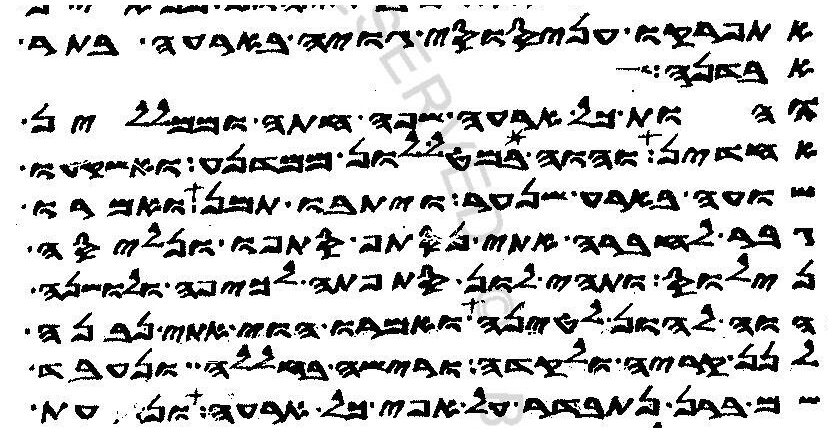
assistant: אתפרקו עניסוסי גויה בארעה בתר
אבדנה
והות כל ארעה שפה חתה וממללין
אחדין והוה במטללון ממדנע ואשקעו
שועה בארע שנער ויתבו תמן ואמרו
גבר לחברה אתי נסתף סתפו ונליסה
נילוס ותהי לון סתפתה לכיפה ולושנה
הוה להון לטינה ואמרו הוי אתי נבנה
לנן קריה ולקדה ורישה בחללה ונעבד
שם ברן נתבדר על אפי כל ארעה ונעת